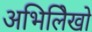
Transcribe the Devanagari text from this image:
अभिलिेखो